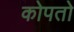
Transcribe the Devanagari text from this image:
कोपतो